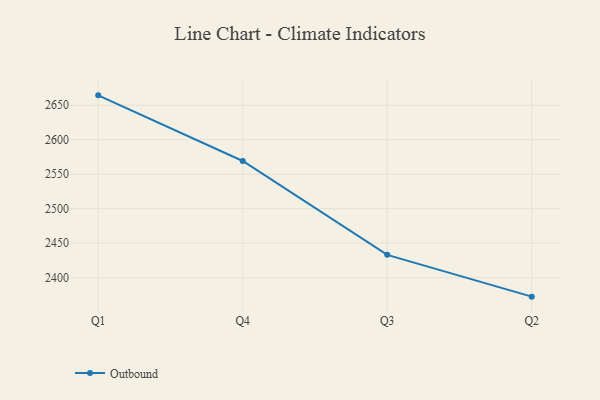
{"axis": {"x": "Quarter", "y": "Revenue (USD Million)"}, "legend": ["Outbound"], "data": [{"x": "Q1", "y": 2664.4, "type": "Outbound"}, {"x": "Q4", "y": 2569.2, "type": "Outbound"}, {"x": "Q3", "y": 2433.1, "type": "Outbound"}, {"x": "Q2", "y": 2372.5, "type": "Outbound"}]}